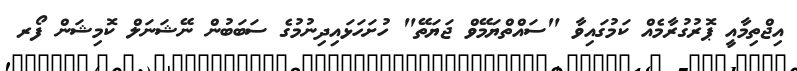
އިޖްތިމާއީ ޕޮރުގުރާމެއް ކަމުގައިވާ "ސައްތްޔަމޭވް ޖަޔަތޭ" ހުށަހަޅައިދިނުމުގެ ސަބަބުން ނޭޝަނަލް ކޮމިޝަން ފޯރ